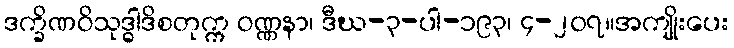
ဒက္ခိဏဝိသုဒ္ဓါဒိစတုက္က ဝဏ္ဏနာ၊ ဒီဃ-၃-ပါ-၁၉၃၊ ၄-၂၀၇။အကျိုးပေး